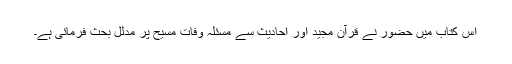
اس کتاب میں حضورؑ نے قرآن مجید اور احادیث سے مسئلہ وفاتِ مسیح پر مدلّل بحث فرمائی ہے۔